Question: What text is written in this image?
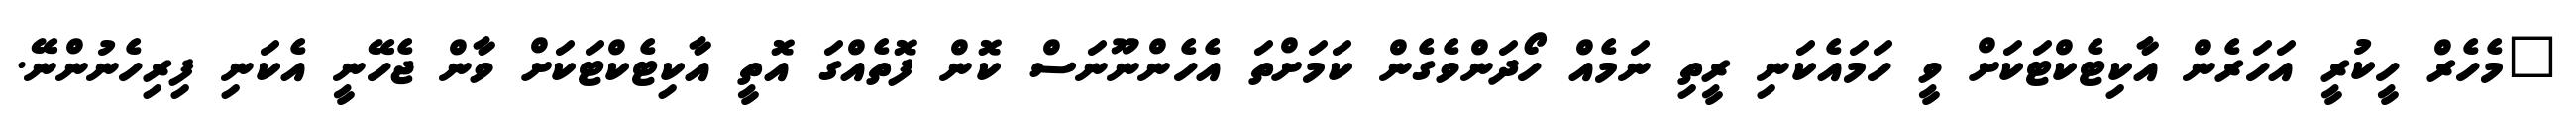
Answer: "މެހެރް ހީކުރީ އަހަރެން އާކިޓެކްޓަކަށް ވީ ހަމައެކަނި ރީތި ނަމެއް ހޯދަންވެގެން ކަމަށްތަ އެހެންނޫނަސް ކޮން ފޮތެއްގަ އޮތީ އާކިޓެކްޓަކަށް ވާން ޖެހޭނީ އެކަނި ފިރިހެނުންނޭ.